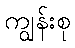
ကျွန်းစု